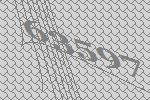
63597